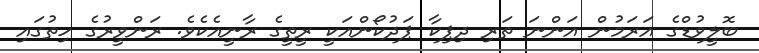
ބޮލީވުޑްގެ އަރަމުން އަންނަ ތަރި ދިޕިކާ ޕަދުކޯންއަކީ ރީތީގެ ރާނީއެކެވެ. ރަންވީރުގެ ހިތުގައި